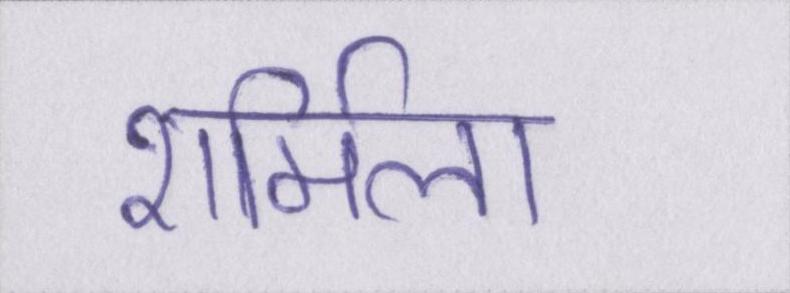
शर्मिला